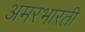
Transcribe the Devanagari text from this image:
अमरभारती